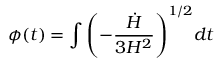
\phi ( t ) = \int { \left( - { { \frac { \dot { H } } { 3 H ^ { 2 } } } } \right) ^ { 1 / 2 } } d t